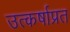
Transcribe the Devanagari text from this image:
उत्कर्षाप्रत